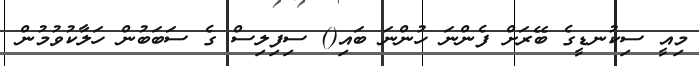
މިއީ ސިކުނޑީގެ ބޭރަށް ފެންނަ ހުންނަ ބައި() ސިފިލިސް ގެ ސަބަބުން ހަލާކުވުމުން